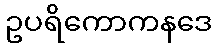
ဥပရိကောကနဒေ